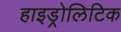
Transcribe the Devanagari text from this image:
हाइड्रोलिटिक